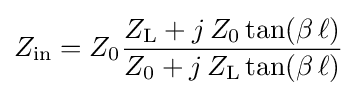
Z_{\mathrm {in} }=Z_{0}{\frac {Z_{\mathrm {L} }+j\,Z_{0}\tan(\beta \,\ell )}{Z_{0}+j\,Z_{\mathrm {L} }\tan(\beta \,\ell )}}